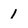
Character: 1